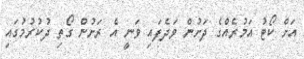
އަށް ކޯޓު އަމުރެއްގެ ދަށުން ވަދެފައި ވަނީ އެ ރަށުން ގޯތި ދުކުރުމުގައި